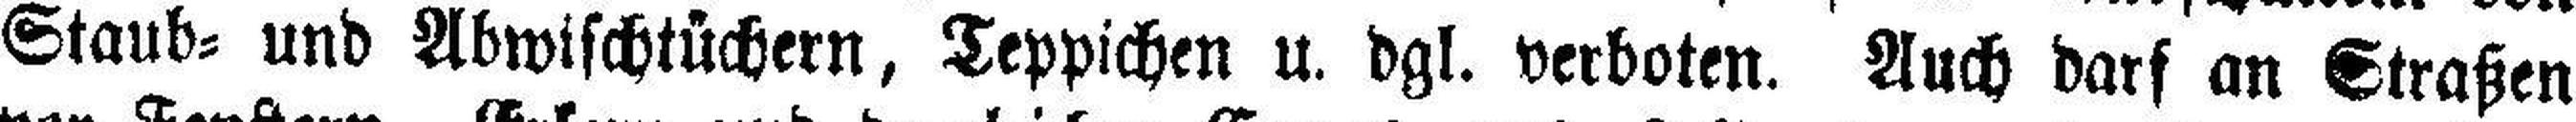
Staub= und Abwischtüchern, Teppichen u. dgl. verboten. Auch darf an Straßen